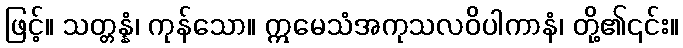
ဖြင့်။ သတ္တန္နံ၊ ကုန်သော။ ဣမေသံအကုသလဝိပါကာနံ၊ တို့၏၎င်း။